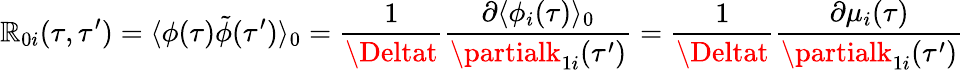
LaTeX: \mathbb{R}_{0i}(\tau,\tau^{\prime})=\langle\phi(\tau)\tilde{{\phi}}(\tau^{\prime})\rangle_{0}=\frac{{1}}{{\Deltat}}\frac{{\partial\langle\phi_{i}(\tau)\rangle_{0}}}{{\partialk_{1i}{(\tau^{\prime})}}}=\frac{{1}}{{\Deltat}}\frac{{\partial\mu_{i}(\tau)}}{{\partialk_{1i}(\tau^{\prime})}}